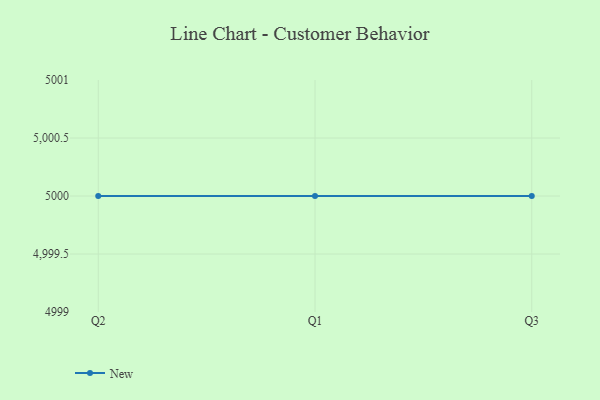
{"axis": {"x": "Quarter", "y": "Shipments"}, "legend": ["New"], "data": [{"x": "Q2", "y": 5000, "type": "New"}, {"x": "Q1", "y": 5000, "type": "New"}, {"x": "Q3", "y": 5000, "type": "New"}]}